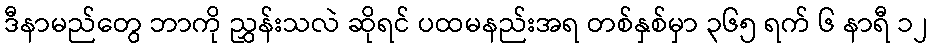
ဒီနာမည်တွေ ဘာကို ညွှန်းသလဲ ဆိုရင် ပထမနည်းအရ တစ်နှစ်မှာ ၃၆၅ ရက် ၆ နာရီ ၁၂